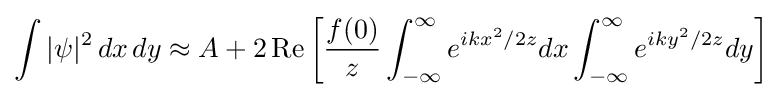
\int |\psi |^{2}\,dx\,dy\approx A+2\operatorname {Re} \left[{\frac {f(0)}{z}}\int _{-\infty }^{\infty }e^{ikx^{2}/2z}dx\int _{-\infty }^{\infty }e^{iky^{2}/2z}dy\right]